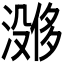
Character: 𪷔